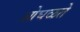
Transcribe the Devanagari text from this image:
ओघळते